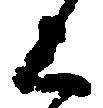
上